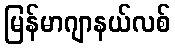
မြန်မာဂျာနယ်လစ်